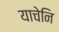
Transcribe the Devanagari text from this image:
याचेनि